Document type: Sale
Year: 1235
Scribe: Pere de Bages
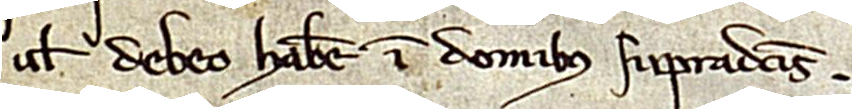
vel debeo habere in domibus supradictis.